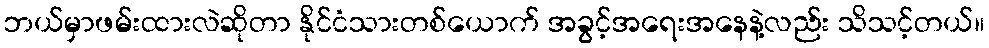
ဘယ်မှာဖမ်းထားလဲဆိုတာ နိုင်ငံသားတစ်ယောက် အခွင့်အရေးအနေနဲ့လည်း သိသင့်တယ်။